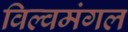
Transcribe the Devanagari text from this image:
विल्वमंगल